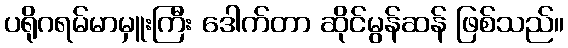
ပရိုဂရမ်မာမှူးကြီး ဒေါက်တာ ဆိုင်မွန်ဆန် ဖြစ်သည်။